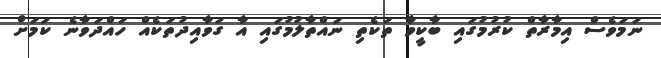
ނަމަވެސް އިމާރާތް ކުރުމުގައި ބާކީވާ ތަކެތި ނައްތާލުމުގައި އާ ގަވާއިދުތަކެއް ހައްދަވާނެ ކަމަށް